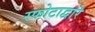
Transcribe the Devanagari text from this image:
स्फोटाद्वारे